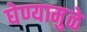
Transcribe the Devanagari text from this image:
घेण्यामुळे